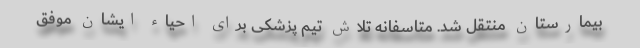
بیمارستان منتقل شد. متاسفانه تلاش تیم پزشکی برای احیاء ایشان موفق